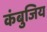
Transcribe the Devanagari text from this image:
कंबुजिय